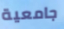
جامعية